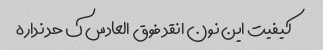
کیفیت این نون انقد فوق العادس ک حد نداره